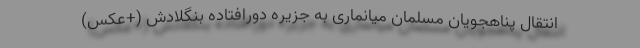
انتقال پناهجویان مسلمان میانماری به جزیره دورافتاده بنگلادش (+عکس)